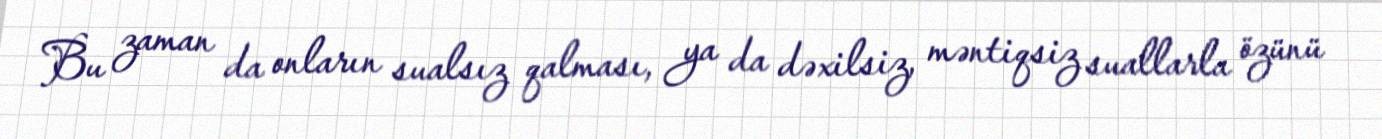
Bu zaman da onların sualsız qalması, ya da dəxilsiz, məntiqsiz suallarla özünü